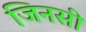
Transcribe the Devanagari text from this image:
जिनसी